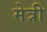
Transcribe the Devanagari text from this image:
मेत्री